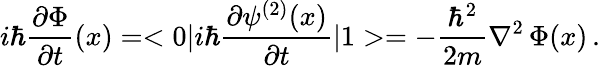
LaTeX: i\hbar{\frac{\partial\Phi}{\partial t}}(x)=<0|i\hbar{\frac{\partial\psi^{(2)}(x)}{\partial t}}|1>=-{\frac{\hbar^{2}}{2m}}\nabla^{2}\, \Phi(x)\, .